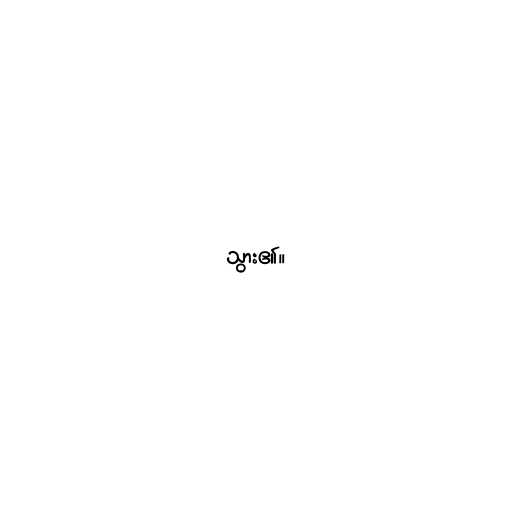
သွား၏။